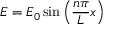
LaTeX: E = E _ { 0 } \sin \left( { \frac { n \pi } { L } } x \right) \,